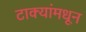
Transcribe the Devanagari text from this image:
टाक्यांमधून